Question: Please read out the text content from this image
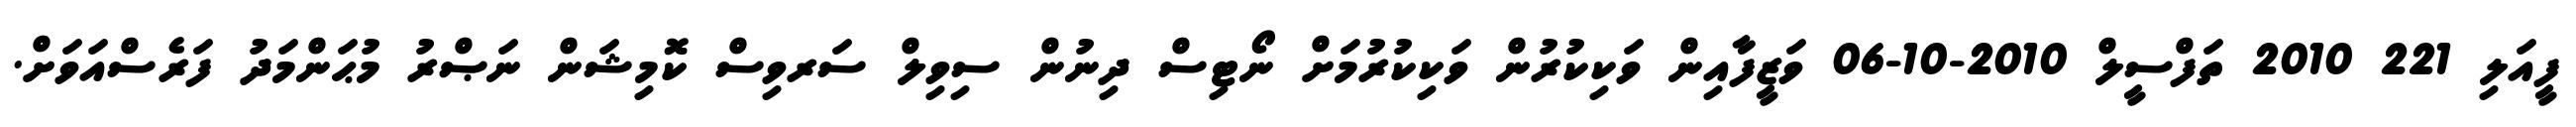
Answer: ފީއަލި 221 2010 ތަފްސީލް 2010-10-06 ވަޒީފާއިން ވަކިކުރުން ވަކިކުރުމަށް ނޯޓިސް ދިނުން ސިވިލް ސަރވިސް ކޮމިޝަން ނަޞްރު މުޙަންމަދު ފަރެސްއަވަށް.